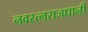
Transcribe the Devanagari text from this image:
नवरत्नराजधानी